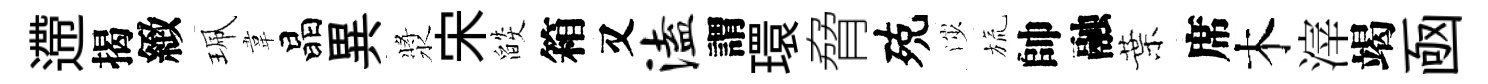
遰揭緻珮韋晶異漿宋燄箱又溘謂環脅殑渉旒帥融葉席木滓竭凾